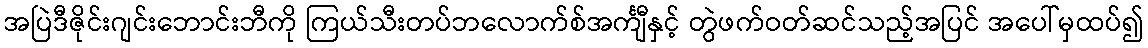
အပြဲဒီဇိုင်းဂျင်းဘောင်းဘီကို ကြယ်သီးတပ်ဘလောက်စ်အင်္ကျီနှင့် တွဲဖက်ဝတ်ဆင်သည့်အပြင် အပေါ်မှထပ်၍